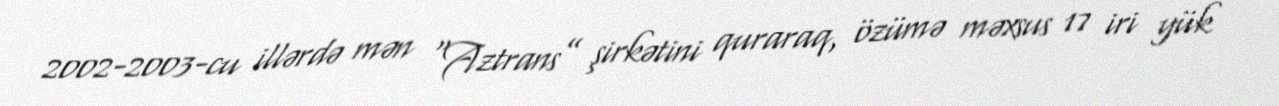
2002-2003-cu illərdə mən “Aztrans” şirkətini quraraq, özümə məxsus 17 iri yük